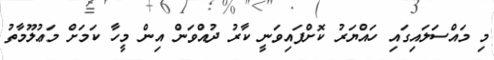
މި މައްސަލައިގައި ހައްޔަރު ކޮށްފައިވަނީ ކާރު ދުއްވަން އިން މީހާ ކަމަށް މަޢުލޫމާތު